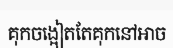
គុកចង្អៀតតែគុកនៅអាច